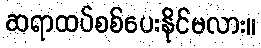
ဆရာထပ်စစ်ပေးနိုင်မလား။